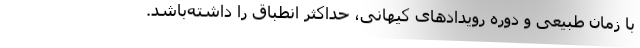
با زمان طبیعی و دوره رویدادهای کیهانی، حداکثر انطباق را داشته‌باشد.